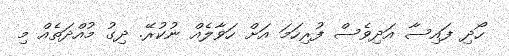
ހޯދި ފައިސާ އަދިވެސް ފުރިހަމަ އަށް ހަވާލެއް ނުކުރޭ. ދިގު މުއްދަތެއް މި